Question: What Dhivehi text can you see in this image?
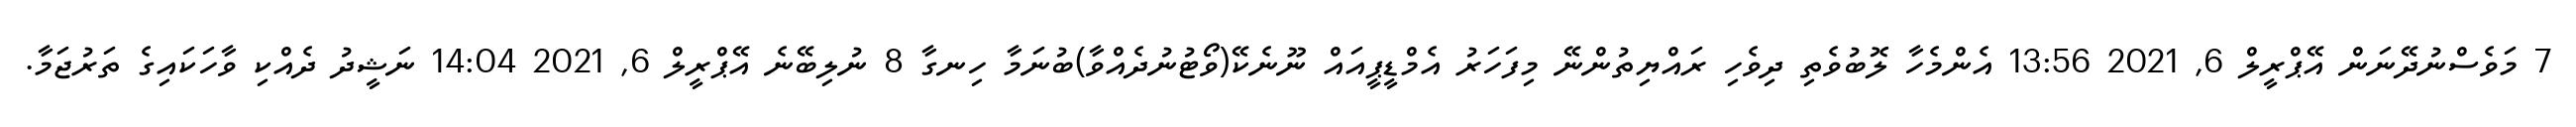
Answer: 7 މަވެސްނުދޭނަން އޭޕްރީލް 6, 2021 13:56 އެންމެހާ ލޮބުވެތި ދިވެހި ރައްޔިތުންނޭ މިފަހަރު އެމްޑީޕީއައް ނޫނެކޭ(ވޯޓުނުދެއްވާ)ބުނަމާ ހިނގާ 8 ނުލިބޭނެ އޭޕްރީލް 6, 2021 14:04 ނަޝީދު ދެއްކި ވާހަކައިގެ ތަރުޖަމާ.